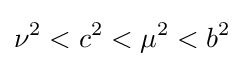
\nu ^{2}<c^{2}<\mu ^{2}<b^{2}